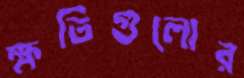
ক্ষতিগুলোর